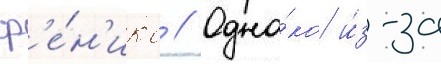
ф'е́н'икс // Одна́ко и́з-за